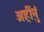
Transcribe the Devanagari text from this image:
अहींनुं